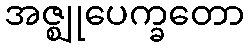
အဇ္ဈုပေက္ခတော